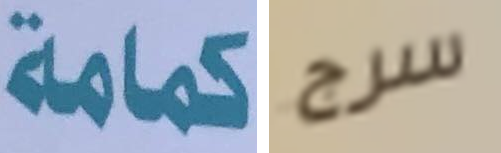
كمامة سرج